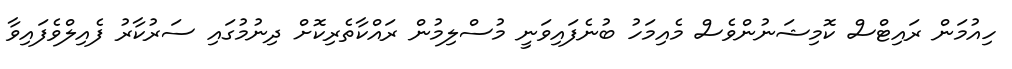
ހިއުމަން ރައިޓްސް ކޮމިޝަނުންވެސް މެއިމަހު ބުނެފައިވަނީ މުސްލިމުން ރައްކާތެރިކޮށް ދިނުމުގައި ސަރުކާރު ފެއިލްވެފައިވާ